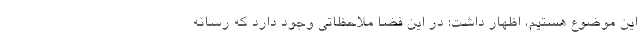
این موضوع هستیم، اظهار داشت: در این فضا ملاحظاتی وجود دارد که رسانه